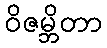
ဝိဇမ္ဘိတာ